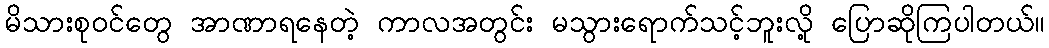
မိသားစုဝင်တွေ အာဏာရနေတဲ့ ကာလအတွင်း မသွားရောက်သင့်ဘူးလို့ ပြောဆိုကြပါတယ်။